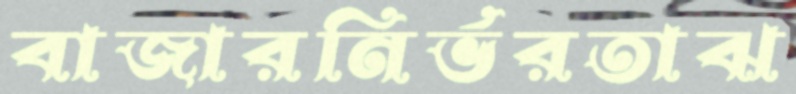
বাজারনির্ভরতাঝ